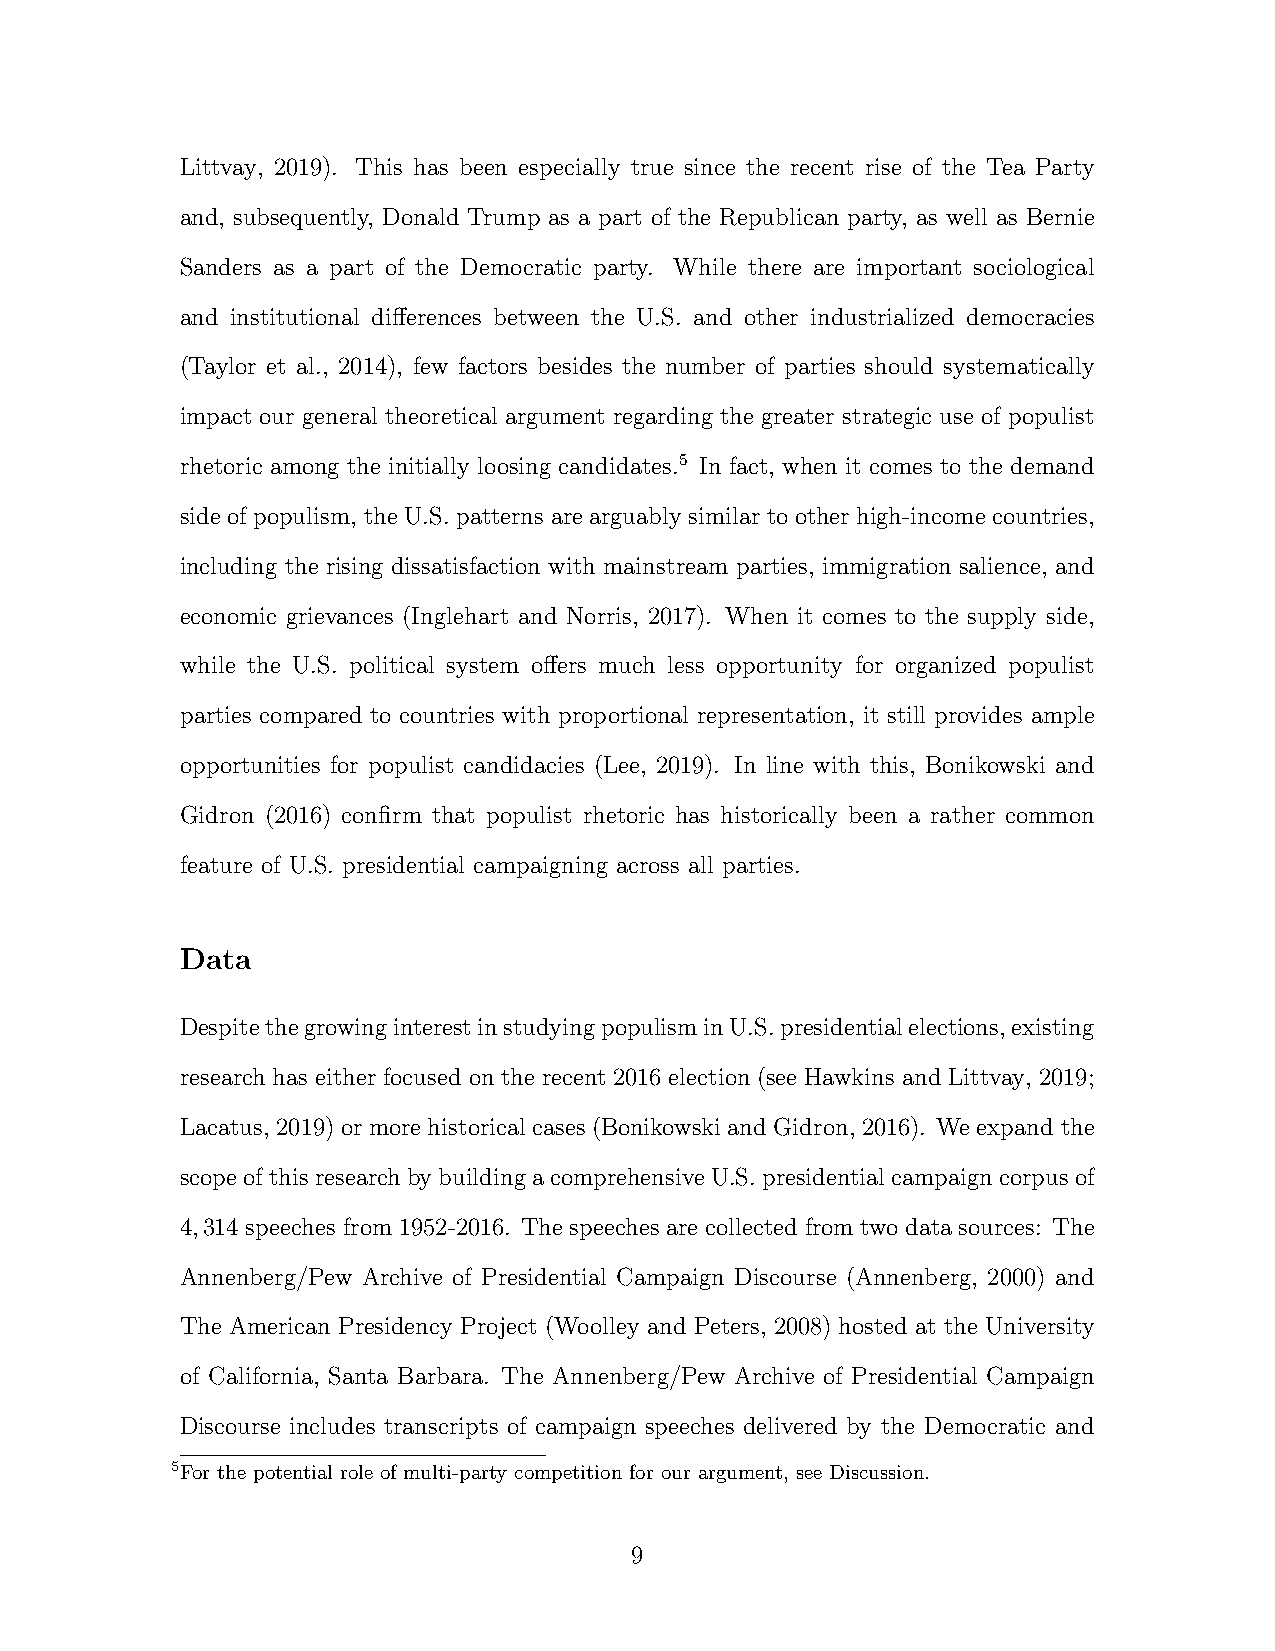
Littvay, 2019). This has been especially true since the recent rise of the Tea Party
 and, subsequently, Donald Trump as a part of the Republican party, as well as Bernie
 Sanders as a part of the Democratic party. While there are important sociological
 and institutional differences between the U.S. and other industrialized democracies
 (Taylor et al., 2014), few factors besides the number of parties should systematically
 impact our general theoretical argument regarding the greater strategic use of populist
 rhetoric among the initially loosing candidates.5 In fact, when it comes to the demand
 side of populism, the U.S. patterns are arguably similar to other high-income countries,
 including the rising dissatisfaction with mainstream parties, immigration salience, and
 economic grievances (Inglehart and Norris, 2017). When it comes to the supply side,
 while the U.S. political system offers much less opportunity for organized populist
 parties compared to countries with proportional representation, it still provides ample
 opportunities for populist candidacies (Lee, 2019). In line with this, Bonikowski and
 Gidron (2016) confirm that populist rhetoric has historically been a rather common
 feature of U.S. presidential campaigning across all parties.
 Data
 DespitethegrowinginterestinstudyingpopulisminU.S.presidentialelections,existing
 research has either focused on the recent 2016 election (see Hawkins and Littvay, 2019;
 Lacatus, 2019) or more historical cases (Bonikowski and Gidron, 2016). We expand the
 scopeofthisresearchbybuildingacomprehensiveU.S.presidentialcampaigncorpusof
 4,314 speeches from 1952-2016. The speeches are collected from two data sources: The
 Annenberg/Pew Archive of Presidential Campaign Discourse (Annenberg, 2000) and
 The American Presidency Project (Woolley and Peters, 2008) hosted at the University
 of California, Santa Barbara. The Annenberg/Pew Archive of Presidential Campaign
 Discourse includes transcripts of campaign speeches delivered by the Democratic and
 5For the potential role of multi-party competition for our argument, see Discussion.
 9